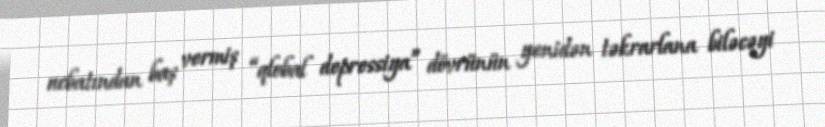
ucbatından baş vermiş “qlobal depressiya” dövrünün yenidən təkrarlana biləcəyi